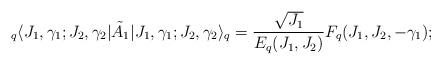
LaTeX: \begin{align*}{}_q\langle J_1,\gamma_1; J_2,\gamma_2\vert \tilde A_1 \vert J_1,\gamma_1; J_2,\gamma_2\rangle_q = \frac{\sqrt{J_1}}{E_q(J_1,J_2)}F_q(J_1,J_2,-\gamma_1);\end{align*}